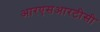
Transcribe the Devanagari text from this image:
आरएसआरटीसी